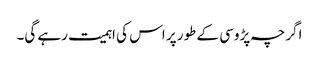
اگرچہ پڑوسی کے طور پر اس کی اہمیت رہے گی۔